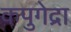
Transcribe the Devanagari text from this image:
कपुगेद्रा